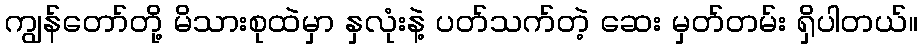
ကျွန်တော်တို့ မိသားစုထဲမှာ နှလုံးနဲ့ ပတ်သက်တဲ့ ဆေး မှတ်တမ်း ရှိပါတယ်။